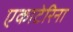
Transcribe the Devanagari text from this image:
एकाटेरिना